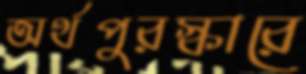
অর্থপুরস্কারে